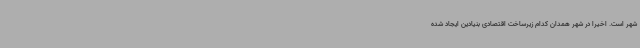
شهر است. اخیراً در شهر همدان کدام زیرساخت اقتصادی بنیادین ایجاد شده